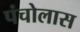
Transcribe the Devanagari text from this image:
पंचोलास